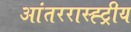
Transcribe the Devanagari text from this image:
आंतररास्ह्ट्रीय